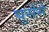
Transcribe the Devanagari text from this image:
घुसेंगे